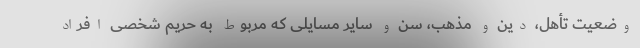
وضعیت تأهل، دین و مذهب، سن و سایر مسایلی که مربوط به حریم شخصی افراد